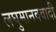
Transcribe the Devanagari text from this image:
लघुमानववादी